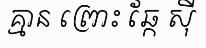
គ្មាន ព្រោះ ឆ្កែ ស៊ី